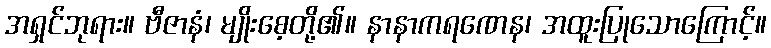
အရှင်ဘုရား။ ဗီဇာနံ၊ မျိုးစေ့တို့၏။ နာနာကရဏေန၊ အထူးပြုသောကြောင့်။